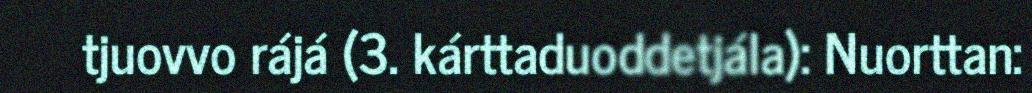
tjuovvo rájá (3. kárttaduoddetjála): Nuorttan: